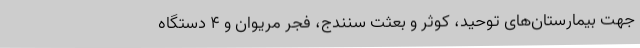
جهت بیمارستان‌های توحید، کوثر و بعثت سنندج، فجر مریوان و 4 دستگاه